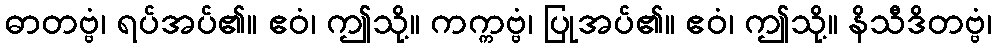
ဓာတဗ္ဗံ၊ ရပ်အပ်၏။ ဧဝံ၊ ဤသို့။ ကက္ကဗ္ဗံ၊ ပြုအပ်၏။ ဧဝံ၊ ဤသို့။ နိသီဒိတဗ္ဗံ၊